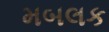
મબલક